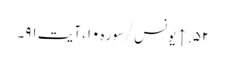
۵۲. ↑ یونس/سوره۱۰، آیت ۹۱۔